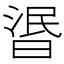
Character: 𣇹